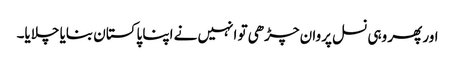
اور پھر وہی نسل پروان چڑھی تو انہیں نے اپنا پاکستان بنایا چلایا۔